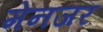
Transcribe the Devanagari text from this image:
मेनजर